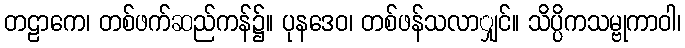
တဠာကေ၊ တစ်ဖက်ဆည်ကန်၌။ ပုနဒေဝ၊ တစ်ဖန်သလာျှင်။ သိပ္ပိကသမ္ဗုကာဝါ၊